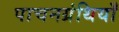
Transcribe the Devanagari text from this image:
पाचनग्रंथियाँ